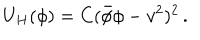
LaTeX: U _ { H } ( \phi ) = C ( \bar { \phi } \phi - v ^ { 2 } ) ^ { 2 } \, .